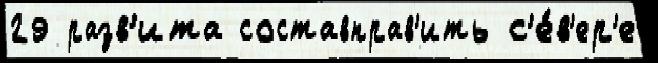
29 разв'ита составправ'ить с'е́в'ер'е